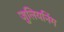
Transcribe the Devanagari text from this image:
जुलियनिंग